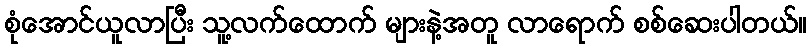
စုံအောင်ယူလာပြီး သူ့လက်ထောက် များနဲ့အတူ လာရောက် စစ်ဆေးပါတယ်။